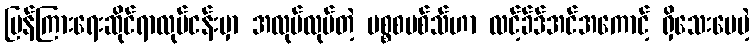
ပြန်ကြားရေးဆိုင်ရာလုပ်ငန်းမှာ အလုပ်လုပ်တဲ့ မစ္စစမစ်သ်ဟာ လင့်ခ်ဒ်အင်အကောင့် ရှိသေးပေမဲ့